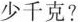
少千克?